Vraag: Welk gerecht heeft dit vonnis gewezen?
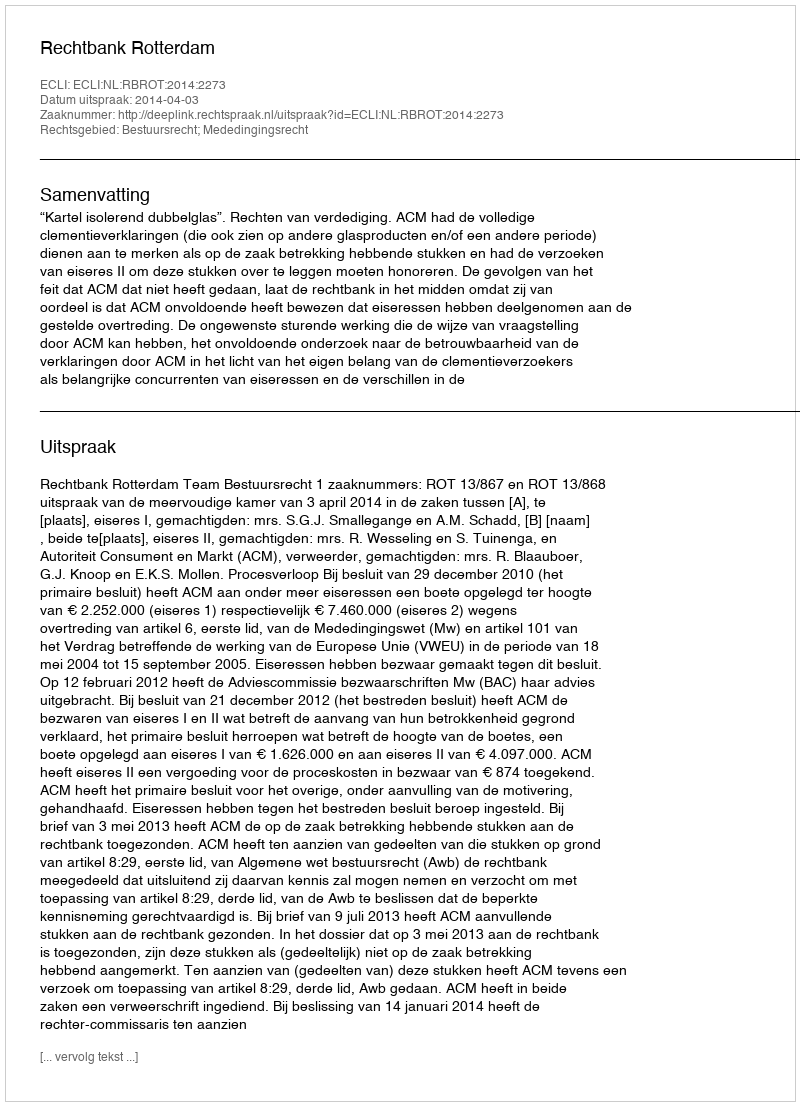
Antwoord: Rechtbank Rotterdam